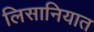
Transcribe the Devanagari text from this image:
लिसानियात